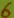
Text: 6